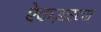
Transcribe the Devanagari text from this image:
ऐकज़ाइल्स